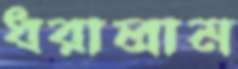
ধরালাম